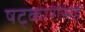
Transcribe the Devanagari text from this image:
षट्कारांसह